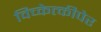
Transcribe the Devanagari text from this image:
विच्केत्कीपेर